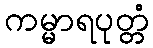
ကမ္မာရပုတ္တံ